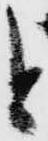
と